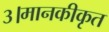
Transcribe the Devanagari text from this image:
३।मानकीकृत